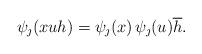
LaTeX: \begin{align*} \psi_\jmath(x u h) =\psi_\jmath(x) \, \psi_\jmath(u) \overline{h}. \end{align*}